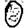
Digit: 0